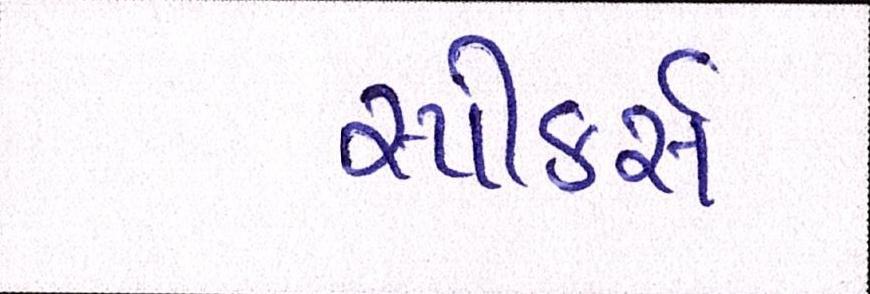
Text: સ્પીકર્સ